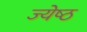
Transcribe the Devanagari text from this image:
ज्‍येष्‍ठ